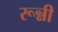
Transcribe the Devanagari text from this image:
रून्नी